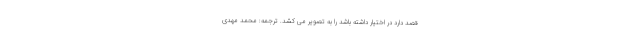
قصد دارد در اختیار داشته باشد را به تصویر می کشد. ترجمه: محمد مهدی